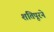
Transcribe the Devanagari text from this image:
शंतिपूरने